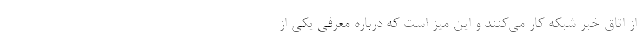
از اتاق خبر شبکه کار می‌کنند و این میز است که درباره معرفی یکی از